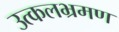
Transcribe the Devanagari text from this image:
उत्कलभ्रमण